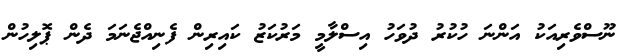
ނޫސްވެރިއަކު އަންނަ ހުކުރު ދުވަހު އިސްލާމީ މަރުކަޒު ކައިރިން ފެނިއްޖެނަމަ ދެން ޕޮލިހުން